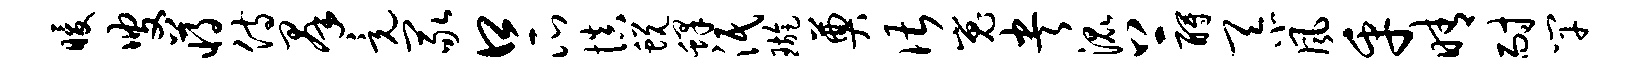
暖叟蒋侍群竟冢口瓜慎蜕蜂泯璇奠谌嵬央混上酹忝风乎晴耐竿